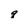
Character: q